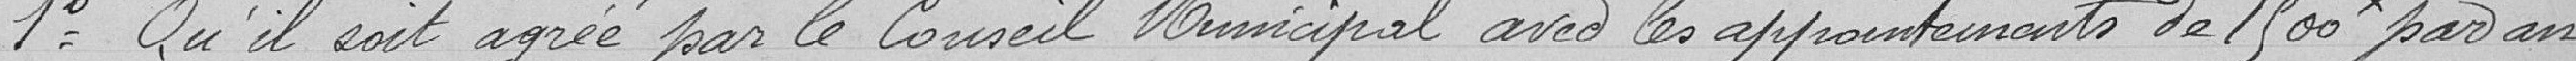
1° = Qu'il soit agrée par le Conseil Municipal avec les appointements de 1 500f par an